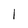
Character: 1